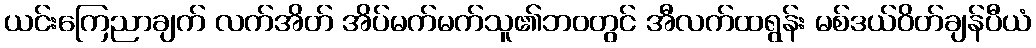
ယင်းကြေညာချက် လက်အိတ် အိပ်မက်မက်သူ၏ဘ၀တွင် အီလက်ထရွန်း မစ်ဒယ်ဝိတ်ချန်ပီယံ